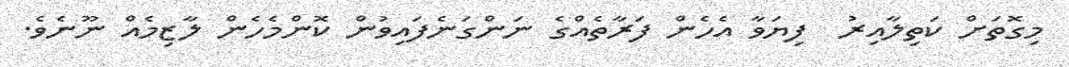
މިގޮތަށް ކަތިލާއިރު  ފިޔަވާ އެހެން ފަރާތެއްގެ ނަންގަނެފައިވުން ކޮންމެހެން ލާޒިމެއް ނޫނެވެ.